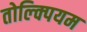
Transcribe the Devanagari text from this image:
तोल्क्पियम